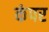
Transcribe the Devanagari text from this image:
कंपर